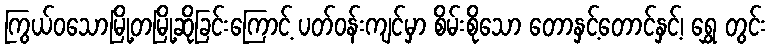
ကြွယ်ဝသောမြို့တမြို့ဆိုခြင်းကြောင့် ပတ်ဝန်းကျင်မှာ စိမ်းစိုသော တောနှင့်တောင်နှင့်၊ ရွှေ တွင်း